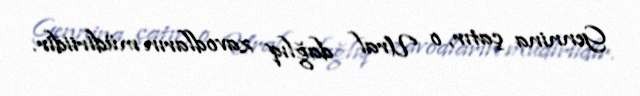
Gennina çatır, o Ural dağlıq zavodların müdiriidir.